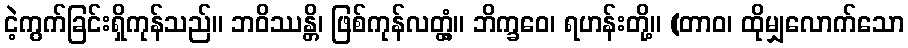
ငဲ့ကွက်ခြင်းရှိကုန်သည်။ ဘဝိဿန္တိ၊ ဖြစ်ကုန်လတ္တံ့။ ဘိက္ခဝေ၊ ရဟန်းတို့။ (တာဝ၊ ထိုမျှလောက်သော